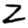
Digit: 2